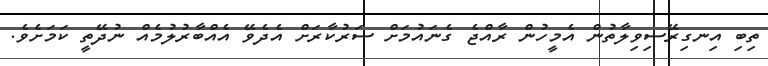
ތިބި އިނގިރޭސިވިލާތުން އެމީހުން ރާއްޖެ ގެނައުމަށް ސަރުކާރަށް އެދެވޭ އެއްބާރުލުމެއް ނުދޭތީ ކަމަށެވެ.